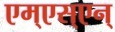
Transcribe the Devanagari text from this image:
एम्‌एस्‌एन्‌